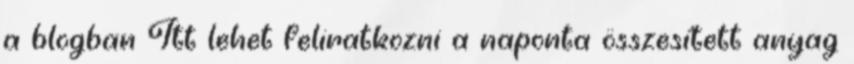
a blogban Itt lehet feliratkozni a naponta összesített anyag